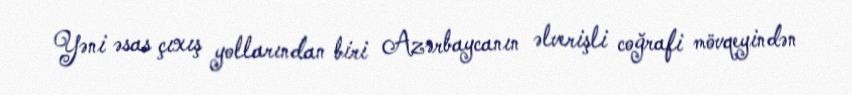
Yəni əsas çıxış yollarından biri Azərbaycanın əlverişli coğrafi mövqeyindən